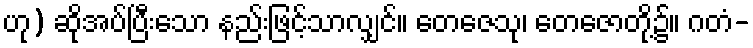
ဟု) ဆိုအပ်ပြီးသော နည်းဖြင့်သာလျှင်။ တေဇေသု၊ တေဇောတို့၌။ ဂတံ-